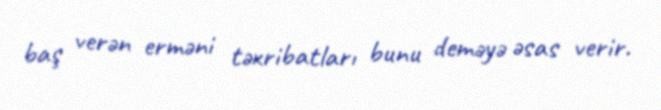
baş verən erməni təxribatları bunu deməyə əsas verir.